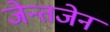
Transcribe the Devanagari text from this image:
जेन्तजेन